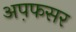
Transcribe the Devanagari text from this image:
अप़फसर